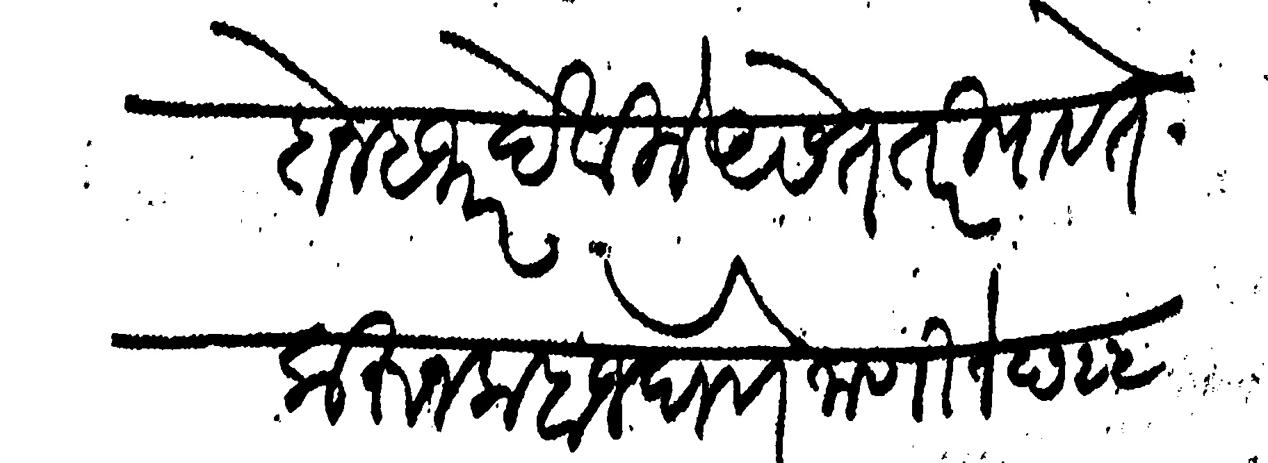
Transliteration (Devanagari): दोन हजार देविले असेत तरी पावते करून कबज घेणे जाणिजे छ २५